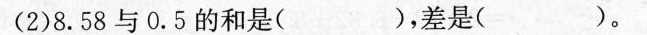
(2)8.58与0.5的和是( )，差是()。